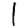
Digit: 1